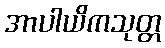
အာပါယိကသုတ္တ